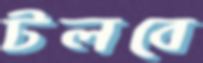
টলবে